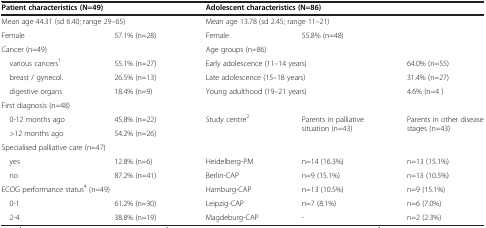
<table><thead><tr><td colspan="2"><b>Patient characteristics (N=49)</b></td><td colspan="3"><b>Adolescent characteristics(N=86)</b></td></tr></thead><tbody><tr><td colspan="2">Mean age 44.31 (sd 6.40; range 29–65)</td><td colspan="3">Mean age 13.78 (sd 2.45; range 11–21)</td></tr><tr><td>Female</td><td>57.1% (n=28)</td><td>Female</td><td>55.8% (n=48)</td><td> </td></tr><tr><td>Cancer (n=49)</td><td> </td><td colspan="2">Age groups (n=86)</td><td> </td></tr><tr><td> various cancers<sup>1</sup></td><td>55.1% (n=27)</td><td colspan="2">Early adolescence (11–14 years)</td><td>64.0% (n=55)</td></tr><tr><td> breast / gynecol.</td><td>26.5% (n=13)</td><td colspan="2">Late adolescence (15–18 years)</td><td>31.4% (n=27)</td></tr><tr><td> digestive organs</td><td>18.4% (n=9)</td><td colspan="2">Young adulthood (19–21 years)</td><td>4.6% (n=4 )</td></tr><tr><td colspan="2">First diagnosis (n=48)</td><td colspan="2"> </td><td> </td></tr><tr><td> 0-12 months ago</td><td>45.8% (n=22)</td><td rowspan="3">Study centre<sup>2</sup></td><td rowspan="3">Parents in palliative situation (n=43)</td><td rowspan="3">Parents in other disease stages (n=43)</td></tr><tr><td> &gt;12 months ago</td><td>54.2% (n=26)</td></tr><tr><td colspan="2">Specialised palliative care (n=47)</td></tr><tr><td> yes</td><td>12.8% (n=6)</td><td>Heidelberg-PM</td><td>n=14 (16.3%)</td><td>n=13 (15.1%)</td></tr><tr><td> no</td><td>87.2% (n=41)</td><td>Berlin-CAP</td><td>n=9 (15.1%)</td><td>n=13 (10.5%)</td></tr><tr><td colspan="2">ECOG performance status<sup>4</sup> (n=49)</td><td>Hamburg-CAP</td><td>n=13 (10.5%)</td><td>n=9 (15.1%)</td></tr><tr><td> 0-1</td><td>61.2% (n=30)</td><td>Leipzig-CAP</td><td>n=7 (8.1%)</td><td>n=6 (7.0%)</td></tr><tr><td> 2-4</td><td>38.8% (n=19)</td><td>Magdeburg-CAP</td><td>-</td><td>n=2 (2.3%)</td></tr></tbody></table>